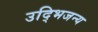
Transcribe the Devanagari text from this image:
उद्भिजन्य